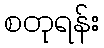
စတုရန်း